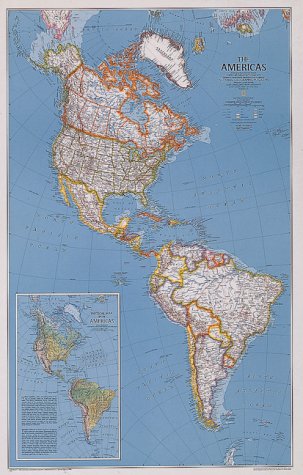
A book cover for National Geographic the Americas: Continent Maps (NG Country & Region Maps); National Geographic Society; Calendars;